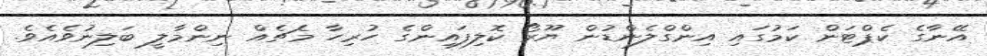
އޭނާގެ ކެޕްޓަން ކަމުގައި އިންގްލެންޑުން ޔޫރޯ ކޮލިފައިންގެ ހުރިހާ މެޗެއް ނިންމާލީ ބަލިނުވެއެވެ.